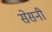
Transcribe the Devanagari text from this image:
सेसनी